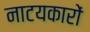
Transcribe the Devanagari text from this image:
नाटयकारों